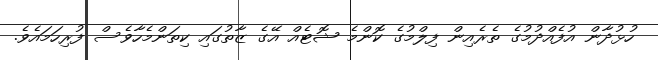
ހުޅުދާން އުފެއްދުމުގެ ތެރެއިން ފިލްމުގެ ކޮންމެ ޝޮޓެއް އޭގެ ޒާތުގައި ކިތަންމެހާވެސް ފުރިހަމައެވެ.